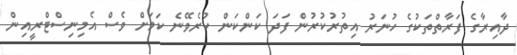
ދާއިރާގެ ފަރާތްތަކުގެ ހުނަރު އިތުރުކުރުން ފަދަ ކަންކަން ކުރެވޭނެ ކަމަށް ވެސް އެމިނިސްޓްރީއިން